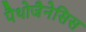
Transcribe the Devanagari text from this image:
पैथोजैनेसिस